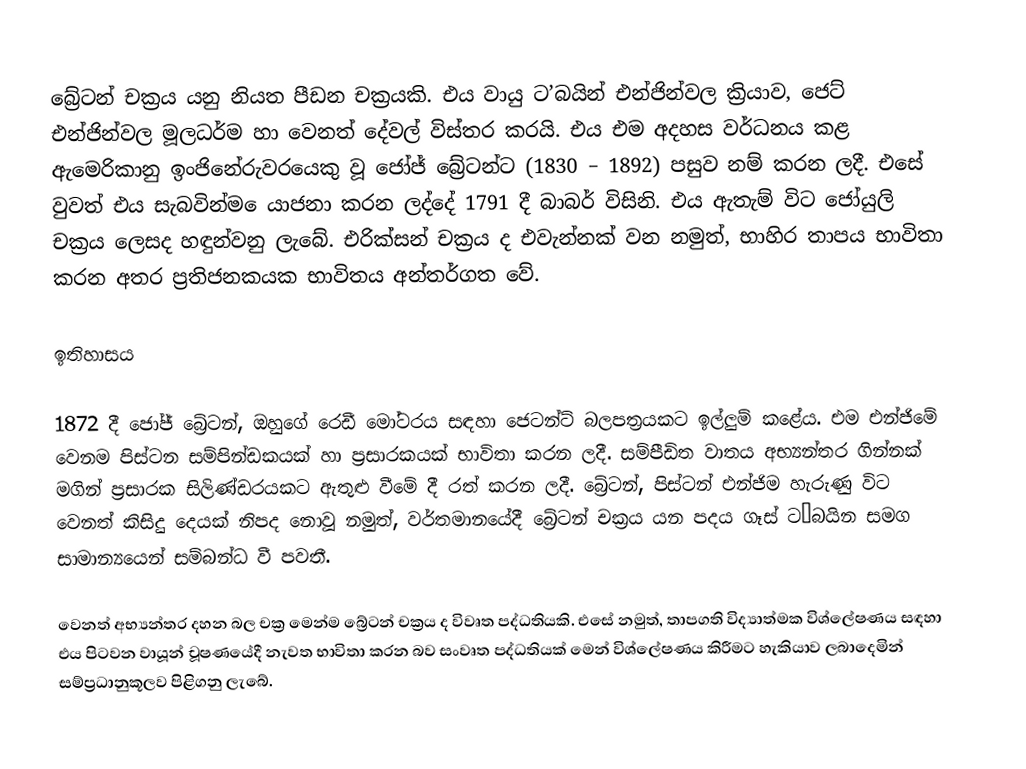
බ්‍රේටන් චක්‍රය යනු නියත පීඩන චක්‍රයකි. එය වායු ට’බයින් එන්ජින්වල ක්‍රියාව, ජෙට් එන්ජින්වල මූලධර්ම හා වෙනත් දේවල් විස්තර කරයි. එය එම අදහස වර්ධනය කළ ඇමෙරිකානු ඉංජිනේරුවරයෙකු වූ ජෝජ් බ්‍රේටන්ට (1830 – 1892) පසුව නම් කරන ලදී. එසේ වුවත් එය සැබවින්ම ‍ෙයාජනා කරන ලද්දේ 1791 දී බාබර් විසිනි. එය ඇතැම් විට ජෝයුලි චක්‍රය ලෙසද හඳුන්වනු ලැබේ. එරික්සන් චක්‍රය ද එවැන්නක් වන නමුත්, භාහිර තාපය භාවිතා කරන අතර ප්‍රතිජනකයක භාවිතය අන්තර්ගත වේ.

ඉතිහාසය

1872 දී ජෝජ් බ්‍රේටන්, ඔහුගේ රෙඩී මෝටරය සඳහා ජෙටන්ට් බලපත්‍රයකට ඉල්ලුම් කළේය. එම එන්ජිමේ වෙනම පිස්ටන සම්පින්ඩකයක් හා ප්‍රසාරකයක් භාවිතා කරන ලදී. සම්පීඩිත වාතය අභ්‍යන්තර ගින්නක් මගින් ප්‍රසාරක සිලිණ්ඩරයකට ඇතුළු වීමේ දී රත් කරන ලදී. බ්‍රේටන්, පිස්ටන් එන්ජිම හැරුණු විට වෙනත් කිසිදු දෙයක් නිපද නොවූ නමුත්, වර්තමානයේදී බ්‍රේටන් චක්‍රය යන පදය ගෑස් ට’බයින සමග සාමාන්‍යයෙන් සම්බන්ධ වී පවතී.

වෙනත් අභ්‍යන්තර දහන බල චක්‍ර මෙන්ම බ්‍රේටන් චක්‍රය ද විවෘත පද්ධතියකි. එසේ නමුත්, තාපගති විද්‍යාත්මක විශ්ලේෂණය සඳහා එය පිටවන වායූන් චූෂණයේදී නැවත භාවිතා කරන බව සංවෘත පද්ධතියක් මෙන් විශ්ලේෂණය කිරීමට හැකියාව ලබාදෙමින් සම්ප්‍රධානුකූලව පිළිගනු ලැබේ.